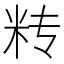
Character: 𰪫